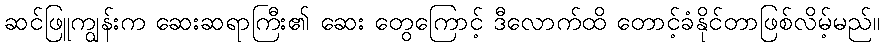
ဆင်ဖြူကျွန်းက ဆေးဆရာကြီး၏ ဆေး တွေကြောင့် ဒီလောက်ထိ တောင့်ခံနိုင်တာဖြစ်လိမ့်မည်။